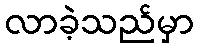
လာခဲ့သည်မှာ